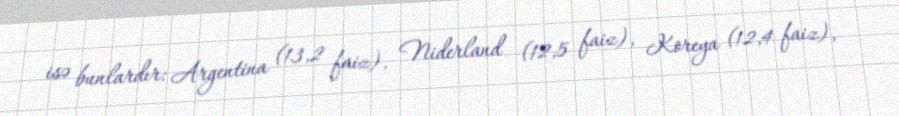
isə bunlardır: Argentina (13,2 faiz), Niderland (12,5 faiz), Koreya (12,4 faiz),